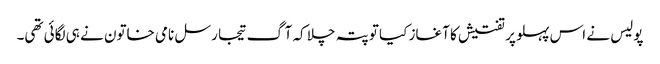
پولیس نے اس پہلو پر تفتیش کا آغاز کیا تو پتہ چلا کہ آگ تیجا رسل نامی خاتون نے ہی لگائی تھی۔